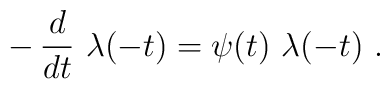
-\, {d\over dt}\ \lambda(-t) = \psi(t)\ \lambda(-t)\ .